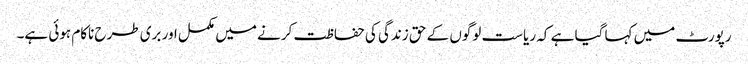
رپورٹ میں کہا گیا ہے کہ ریاست لوگوں کے حق زندگی کی حفاظت کرنے میں مکمل اور بری طرح ناکام ہوئی ہے۔